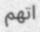
اتھم